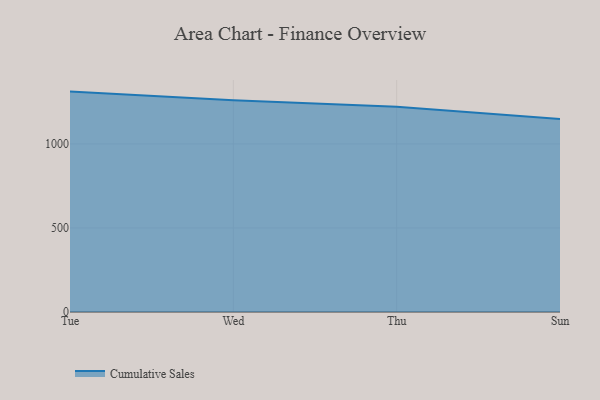
{"axis": {"x": "Day", "y": "Population (Million)"}, "legend": ["Cumulative Sales"], "data": [{"x": "Tue", "y": 1311.3, "type": "Cumulative Sales"}, {"x": "Wed", "y": 1260.3, "type": "Cumulative Sales"}, {"x": "Thu", "y": 1221.2, "type": "Cumulative Sales"}, {"x": "Sun", "y": 1148.9, "type": "Cumulative Sales"}]}